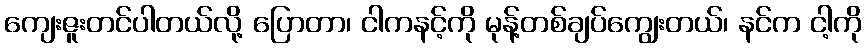
ကျေးဇူးတင်ပါတယ်လို့ ပြောတာ၊ ငါကနင့်ကို မုန့်တစ်ချပ်ကျွေးတယ်၊ နင်က ငါ့ကို